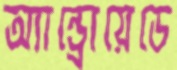
অ্যান্ড্রোয়েডে